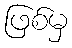
ဖြစ်မှ